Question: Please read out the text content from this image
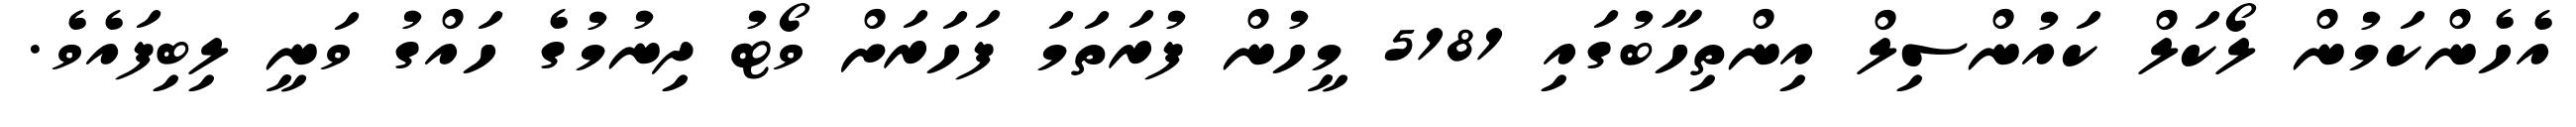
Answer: އެހެންކަމުން ލޯކަލް ކައުންސިލް އިންތިހާބުގައި 5181 މީހުން ފުރަތަމަ ފަހަރަށް ވޯޓު ދިނުމުގެ ހައްގު ވަނީ ލިބިފައެވެ.